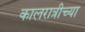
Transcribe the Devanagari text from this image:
कालरात्रीच्या